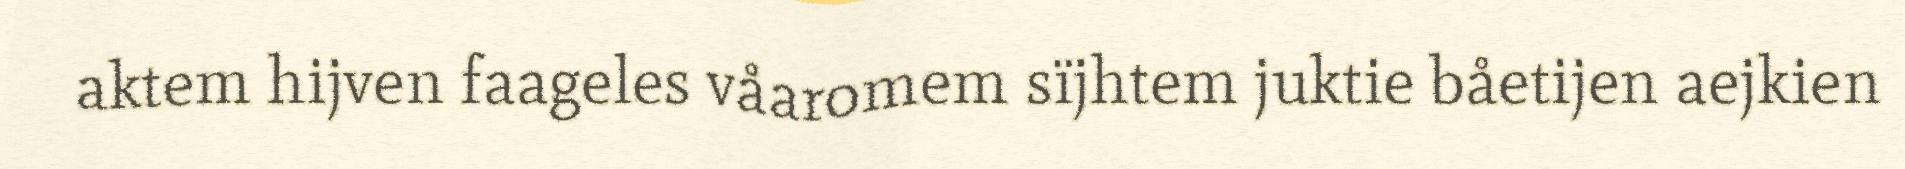
aktem hijven faageles våaromem sïjhtem juktie båetijen aejkien